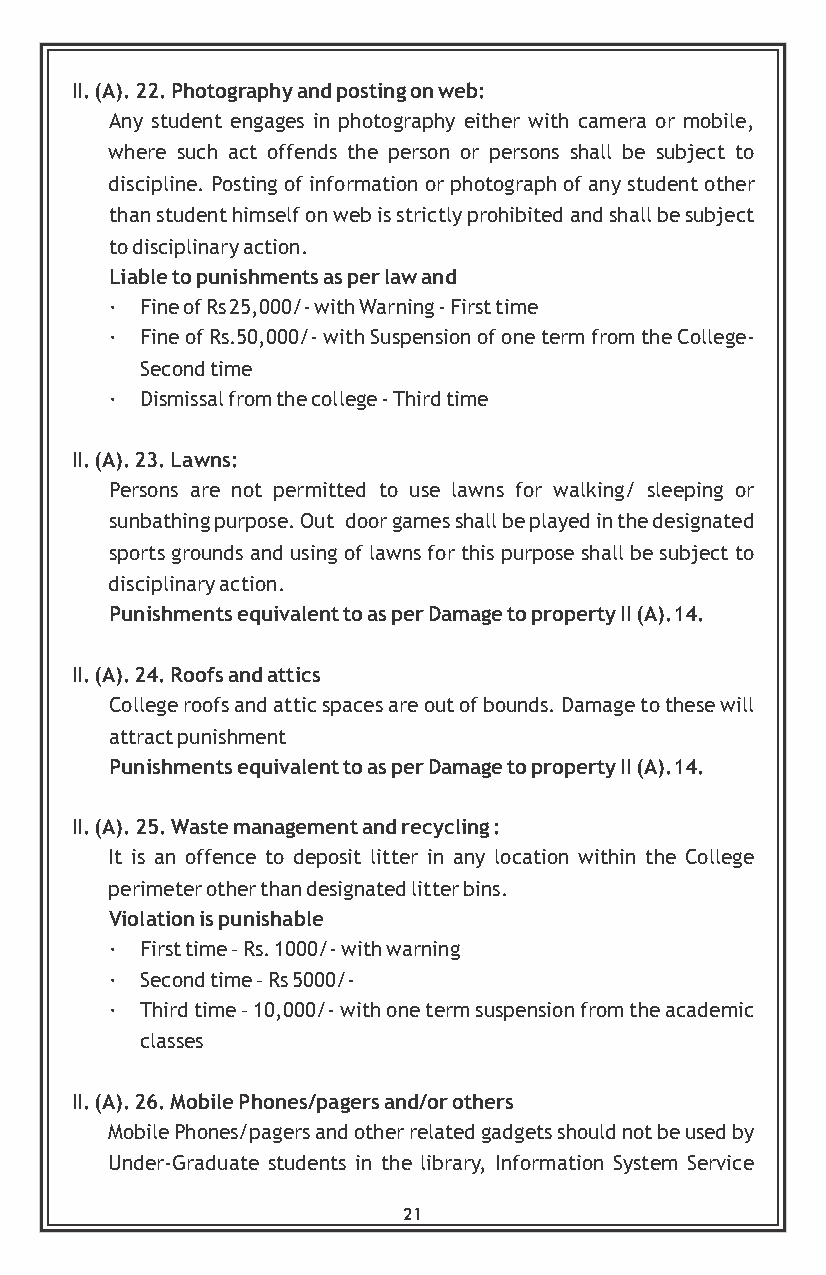
II. (A). 22. Photography and posting on web:
 Any student engages in photography either with camera or mobile,
 where such act offends the person or persons shall be subject to
 discipline. Posting of information or photograph of any student other
 than student himself on web is strictly prohibited and shall be subject
 to disciplinary action.
 Liable to punishments as per law and
 · Fine of Rs 25,000/- with Warning - First time
 · Fine of Rs.50,000/- with Suspension of one term from the College-
 Second time
 · Dismissal from the college - Third time
 II. (A). 23. Lawns:
 Persons are not permitted to use lawns for walking/ sleeping or
 sunbathing purpose. Out door games shall be played in the designated
 sports grounds and using of lawns for this purpose shall be subject to
 disciplinary action.
 Punishments equivalent to as per Damage to property II (A).14.
 II. (A). 24. Roofs and attics
 College roofs and attic spaces are out of bounds. Damage to these will
 attract punishment
 Punishments equivalent to as per Damage to property II (A).14.
 II. (A). 25. Waste management and recycling :
 It is an offence to deposit litter in any location within the College
 perimeter other than designated litter bins.
 Violation is punishable
 · First time – Rs. 1000/- with warning
 · Second time – Rs 5000/-
 · Third time – 10,000/- with one term suspension from the academic
 classes
 II. (A). 26. Mobile Phones/pagers and/or others
 Mobile Phones/pagers and other related gadgets should not be used by
 Under-Graduate students in the library, Information System Service
 21